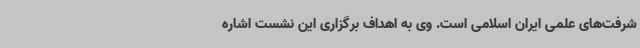
شرفت‌های علمی ایران اسلامی است. وی به اهداف برگزاری این نشست اشاره